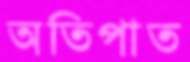
অতিপাত